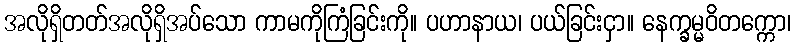
အလိုရှိတတ်အလိုရှိအပ်သော ကာမကိုကြံခြင်းကို။ ပဟာနာယ၊ ပယ်ခြင်းငှာ။ နေက္ခမ္မဝိတက္ကော၊